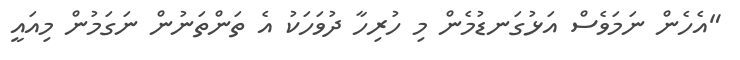
"އެހެން ނަމަވެސް އަޅުގަނޑުމެން މި ހުރިހާ ދުވަހަކު އެ ތަންތަނުން ނަގަމުން މިއައީ